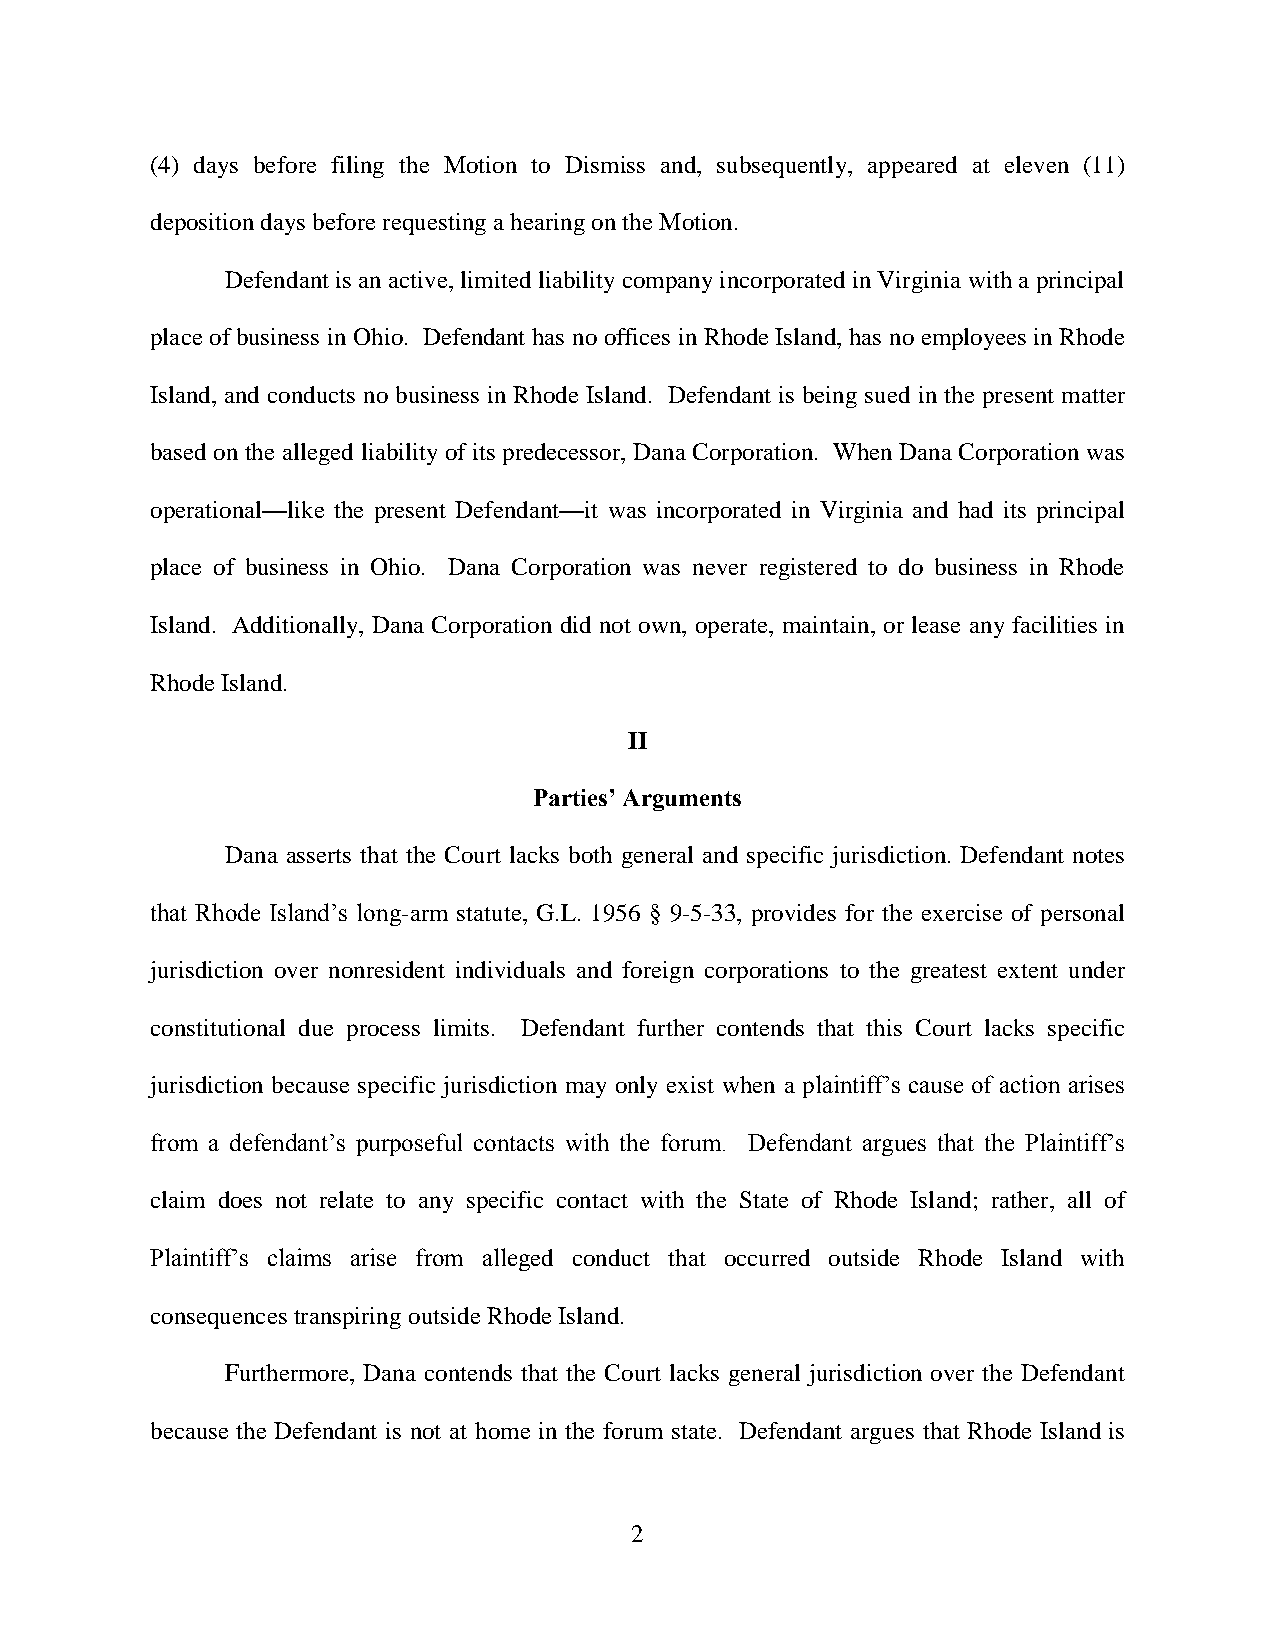
(4) days before filing the Motion to Dismiss and, subsequently, appeared at eleven (11)
 deposition days before requesting a hearing on the Motion.
 Defendant is an active, limited liability company incorporated in Virginia with a principal
 place of business in Ohio. Defendant has no offices in Rhode Island, has no employees in Rhode
 Island, and conducts no business in Rhode Island. Defendant is being sued in the present matter
 based on the alleged liability of its predecessor, Dana Corporation. When Dana Corporation was
 operational—like the present Defendant—it was incorporated in Virginia and had its principal
 place of business in Ohio. Dana Corporation was never registered to do business in Rhode
 Island. Additionally, Dana Corporation did not own, operate, maintain, or lease any facilities in
 Rhode Island.
 II
 Parties’ Arguments
 Dana asserts that the Court lacks both general and specific jurisdiction. Defendant notes
 that Rhode Island’s long-arm statute, G.L. 1956 § 9-5-33, provides for the exercise of personal
 jurisdiction over nonresident individuals and foreign corporations to the greatest extent under
 constitutional due process limits. Defendant further contends that this Court lacks specific
 jurisdiction because specific jurisdiction may only exist when a plaintiff’s cause of action arises
 from a defendant’s purposeful contacts with the forum. Defendant argues that the Plaintiff’s
 claim does not relate to any specific contact with the State of Rhode Island; rather, all of
 Plaintiff’s claims arise from alleged conduct that occurred outside Rhode Island with
 consequences transpiring outside Rhode Island.
 Furthermore, Dana contends that the Court lacks general jurisdiction over the Defendant
 because the Defendant is not at home in the forum state. Defendant argues that Rhode Island is
 2